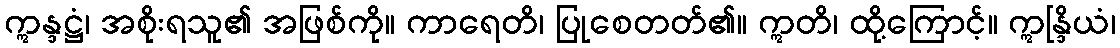
ဣန္ဒဋ္ဌံ၊ အစိုးရသူ၏ အဖြစ်ကို။ ကာရေတိ၊ ပြုစေတတ်၏။ ဣတိ၊ ထို့ကြောင့်။ ဣန္ဒြိယံ၊